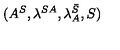
( A ^ { S } , \lambda ^ { S A } , \lambda _ { A } ^ { \bar { S } } , S )